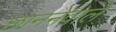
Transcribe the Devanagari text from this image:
छाननेवाले